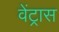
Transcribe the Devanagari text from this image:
वेंट्रास